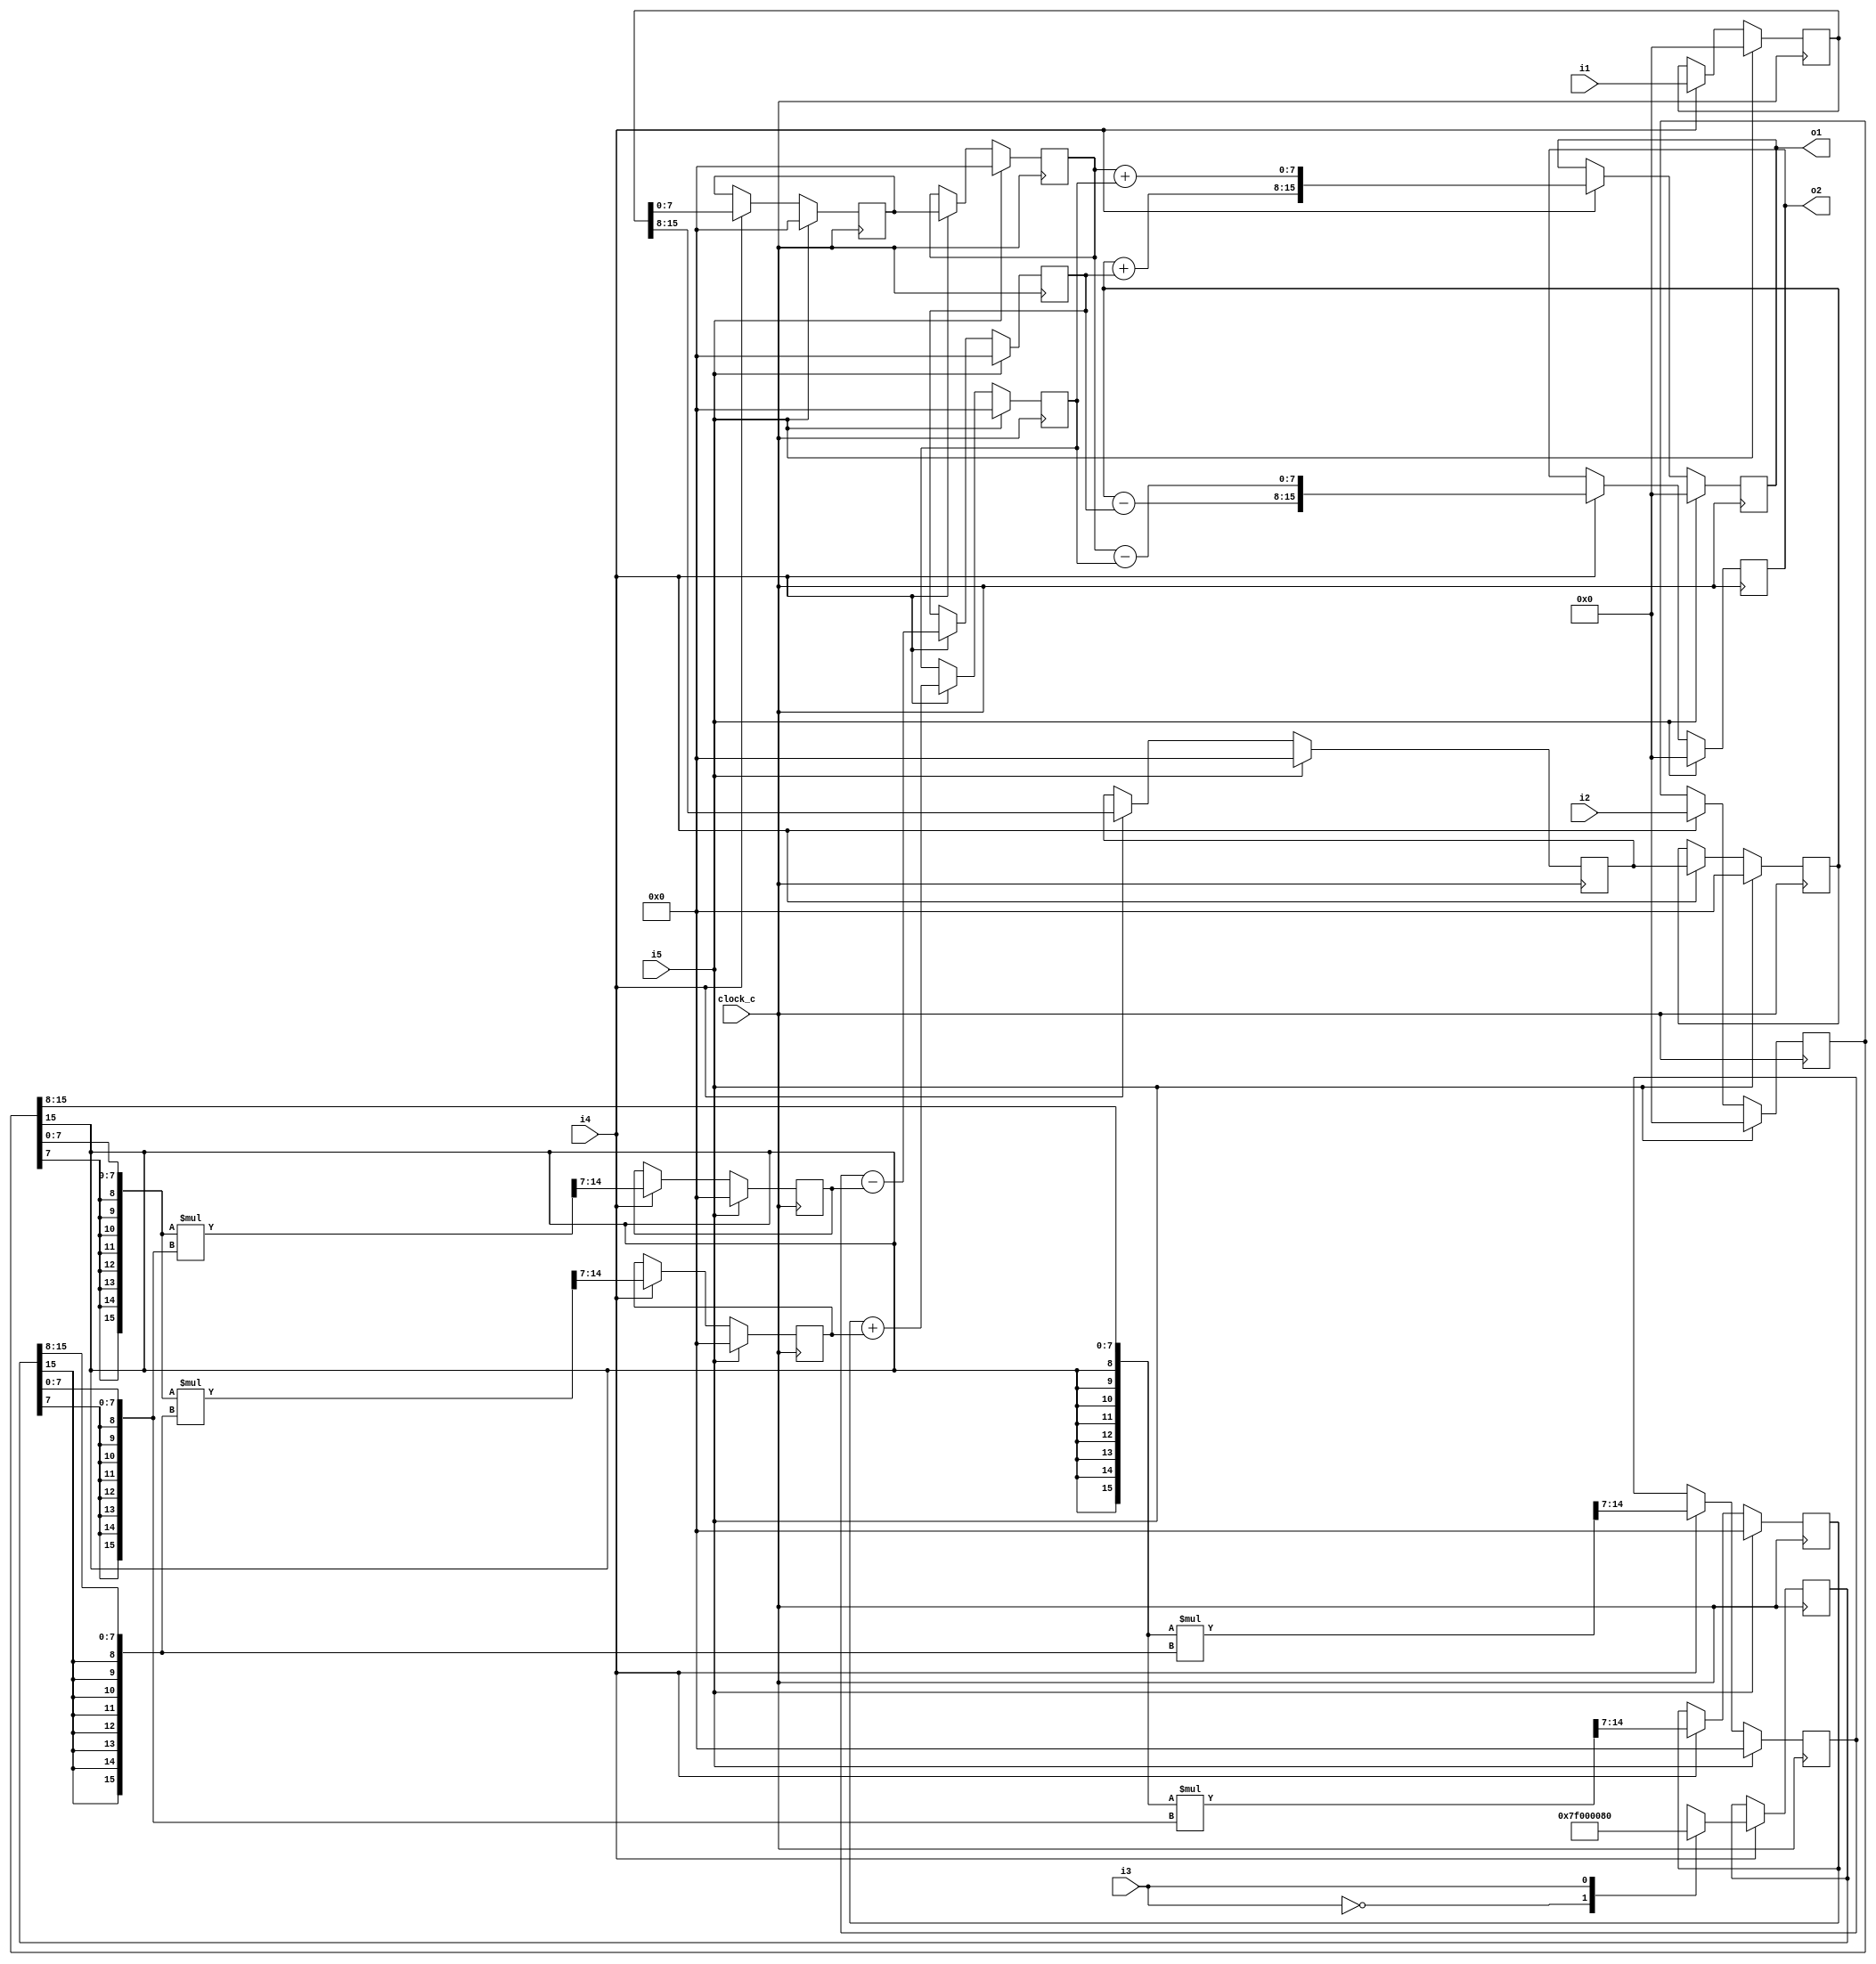
module cf_fft_1024_8_39 (clock_c, i1, i2, i3, i4, i5, o1, o2);
input  clock_c;
input  [15:0] i1;
input  [15:0] i2;
input  i3;
input  i4;
input  i5;
output [15:0] o1;
output [15:0] o2;
reg    [15:0] n1;
wire   [7:0] n2;
wire   [7:0] n3;
reg    [15:0] n4;
wire   [7:0] n5;
wire   [7:0] n6;
reg    [7:0] n7;
reg    [7:0] n8;
reg    [7:0] n9;
reg    [7:0] n10;
reg    [15:0] n11;
wire   [7:0] n12;
wire   [7:0] n13;
wire   [15:0] n14;
wire   [7:0] n15;
reg    [7:0] n16;
wire   [15:0] n17;
wire   [7:0] n18;
reg    [7:0] n19;
wire   [7:0] n20;
reg    [7:0] n21;
wire   [15:0] n22;
wire   [7:0] n23;
reg    [7:0] n24;
wire   [15:0] n25;
wire   [7:0] n26;
reg    [7:0] n27;
wire   [7:0] n28;
reg    [7:0] n29;
wire   [7:0] n30;
wire   [7:0] n31;
wire   [15:0] n32;
reg    [15:0] n33;
wire   [7:0] n34;
wire   [7:0] n35;
wire   [15:0] n36;
reg    [15:0] n37;
initial n1 = 16'b0000000000000000;
always @ (posedge clock_c)
  if (i5 == 1'b1)
    n1 <= 16'b0000000000000000;
  else if (i4 == 1'b1)
    n1 <= i1;
assign n2 = {n1[15],
  n1[14],
  n1[13],
  n1[12],
  n1[11],
  n1[10],
  n1[9],
  n1[8]};
assign n3 = {n1[7],
  n1[6],
  n1[5],
  n1[4],
  n1[3],
  n1[2],
  n1[1],
  n1[0]};
initial n4 = 16'b0000000000000000;
always @ (posedge clock_c)
  if (i5 == 1'b1)
    n4 <= 16'b0000000000000000;
  else if (i4 == 1'b1)
    n4 <= i2;
assign n5 = {n4[15],
  n4[14],
  n4[13],
  n4[12],
  n4[11],
  n4[10],
  n4[9],
  n4[8]};
assign n6 = {n4[7],
  n4[6],
  n4[5],
  n4[4],
  n4[3],
  n4[2],
  n4[1],
  n4[0]};
initial n7 = 8'b00000000;
always @ (posedge clock_c)
  if (i5 == 1'b1)
    n7 <= 8'b00000000;
  else if (i4 == 1'b1)
    n7 <= n2;
initial n8 = 8'b00000000;
always @ (posedge clock_c)
  if (i5 == 1'b1)
    n8 <= 8'b00000000;
  else if (i4 == 1'b1)
    n8 <= n7;
initial n9 = 8'b00000000;
always @ (posedge clock_c)
  if (i5 == 1'b1)
    n9 <= 8'b00000000;
  else if (i4 == 1'b1)
    n9 <= n3;
initial n10 = 8'b00000000;
always @ (posedge clock_c)
  if (i5 == 1'b1)
    n10 <= 8'b00000000;
  else if (i4 == 1'b1)
    n10 <= n9;
initial n11 = 16'b0000000000000000;
always @ (posedge clock_c)
  if (i4 == 1'b1)
    case (i3)
      1'b0 : n11 <= 16'b0111111100000000;
      1'b1 : n11 <= 16'b0000000010000000;
      default : n11 <= 16'bxxxxxxxxxxxxxxxx;
    endcase
assign n12 = {n11[15],
  n11[14],
  n11[13],
  n11[12],
  n11[11],
  n11[10],
  n11[9],
  n11[8]};
assign n13 = {n11[7],
  n11[6],
  n11[5],
  n11[4],
  n11[3],
  n11[2],
  n11[1],
  n11[0]};
assign n14 = {{8{n5[7]}}, n5} * {{8{n12[7]}}, n12};
assign n15 = {n14[14],
  n14[13],
  n14[12],
  n14[11],
  n14[10],
  n14[9],
  n14[8],
  n14[7]};
initial n16 = 8'b00000000;
always @ (posedge clock_c)
  if (i5 == 1'b1)
    n16 <= 8'b00000000;
  else if (i4 == 1'b1)
    n16 <= n15;
assign n17 = {{8{n6[7]}}, n6} * {{8{n13[7]}}, n13};
assign n18 = {n17[14],
  n17[13],
  n17[12],
  n17[11],
  n17[10],
  n17[9],
  n17[8],
  n17[7]};
initial n19 = 8'b00000000;
always @ (posedge clock_c)
  if (i5 == 1'b1)
    n19 <= 8'b00000000;
  else if (i4 == 1'b1)
    n19 <= n18;
assign n20 = n16 - n19;
initial n21 = 8'b00000000;
always @ (posedge clock_c)
  if (i5 == 1'b1)
    n21 <= 8'b00000000;
  else if (i4 == 1'b1)
    n21 <= n20;
assign n22 = {{8{n5[7]}}, n5} * {{8{n13[7]}}, n13};
assign n23 = {n22[14],
  n22[13],
  n22[12],
  n22[11],
  n22[10],
  n22[9],
  n22[8],
  n22[7]};
initial n24 = 8'b00000000;
always @ (posedge clock_c)
  if (i5 == 1'b1)
    n24 <= 8'b00000000;
  else if (i4 == 1'b1)
    n24 <= n23;
assign n25 = {{8{n6[7]}}, n6} * {{8{n12[7]}}, n12};
assign n26 = {n25[14],
  n25[13],
  n25[12],
  n25[11],
  n25[10],
  n25[9],
  n25[8],
  n25[7]};
initial n27 = 8'b00000000;
always @ (posedge clock_c)
  if (i5 == 1'b1)
    n27 <= 8'b00000000;
  else if (i4 == 1'b1)
    n27 <= n26;
assign n28 = n24 + n27;
initial n29 = 8'b00000000;
always @ (posedge clock_c)
  if (i5 == 1'b1)
    n29 <= 8'b00000000;
  else if (i4 == 1'b1)
    n29 <= n28;
assign n30 = n8 + n21;
assign n31 = n10 + n29;
assign n32 = {n30, n31};
initial n33 = 16'b0000000000000000;
always @ (posedge clock_c)
  if (i5 == 1'b1)
    n33 <= 16'b0000000000000000;
  else if (i4 == 1'b1)
    n33 <= n32;
assign n34 = n8 - n21;
assign n35 = n10 - n29;
assign n36 = {n34, n35};
initial n37 = 16'b0000000000000000;
always @ (posedge clock_c)
  if (i5 == 1'b1)
    n37 <= 16'b0000000000000000;
  else if (i4 == 1'b1)
    n37 <= n36;
assign o2 = n37;
assign o1 = n33;
endmodule